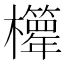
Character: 𣠊